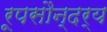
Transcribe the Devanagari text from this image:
रूपसौन्दर्य